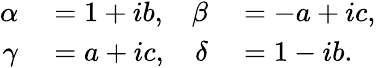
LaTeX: \begin{array}{rlrl}{\alpha}&{{}=1+ib,}&{\beta}&{{}=-a+ic,}\\ {\gamma}&{{}=a+ic,}&{\delta}&{{}=1-ib.}\end{array}